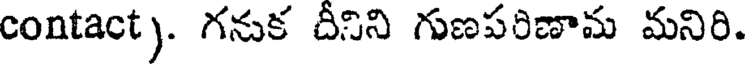
contact). గనుక దీనిని గుణపరిణామ మనిరి.